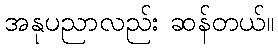
အနုပညာလည်း ဆန်တယ်။